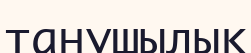
танушылық